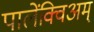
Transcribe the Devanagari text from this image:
पालेंक्विअम्‌